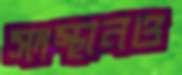
সংস্থানও